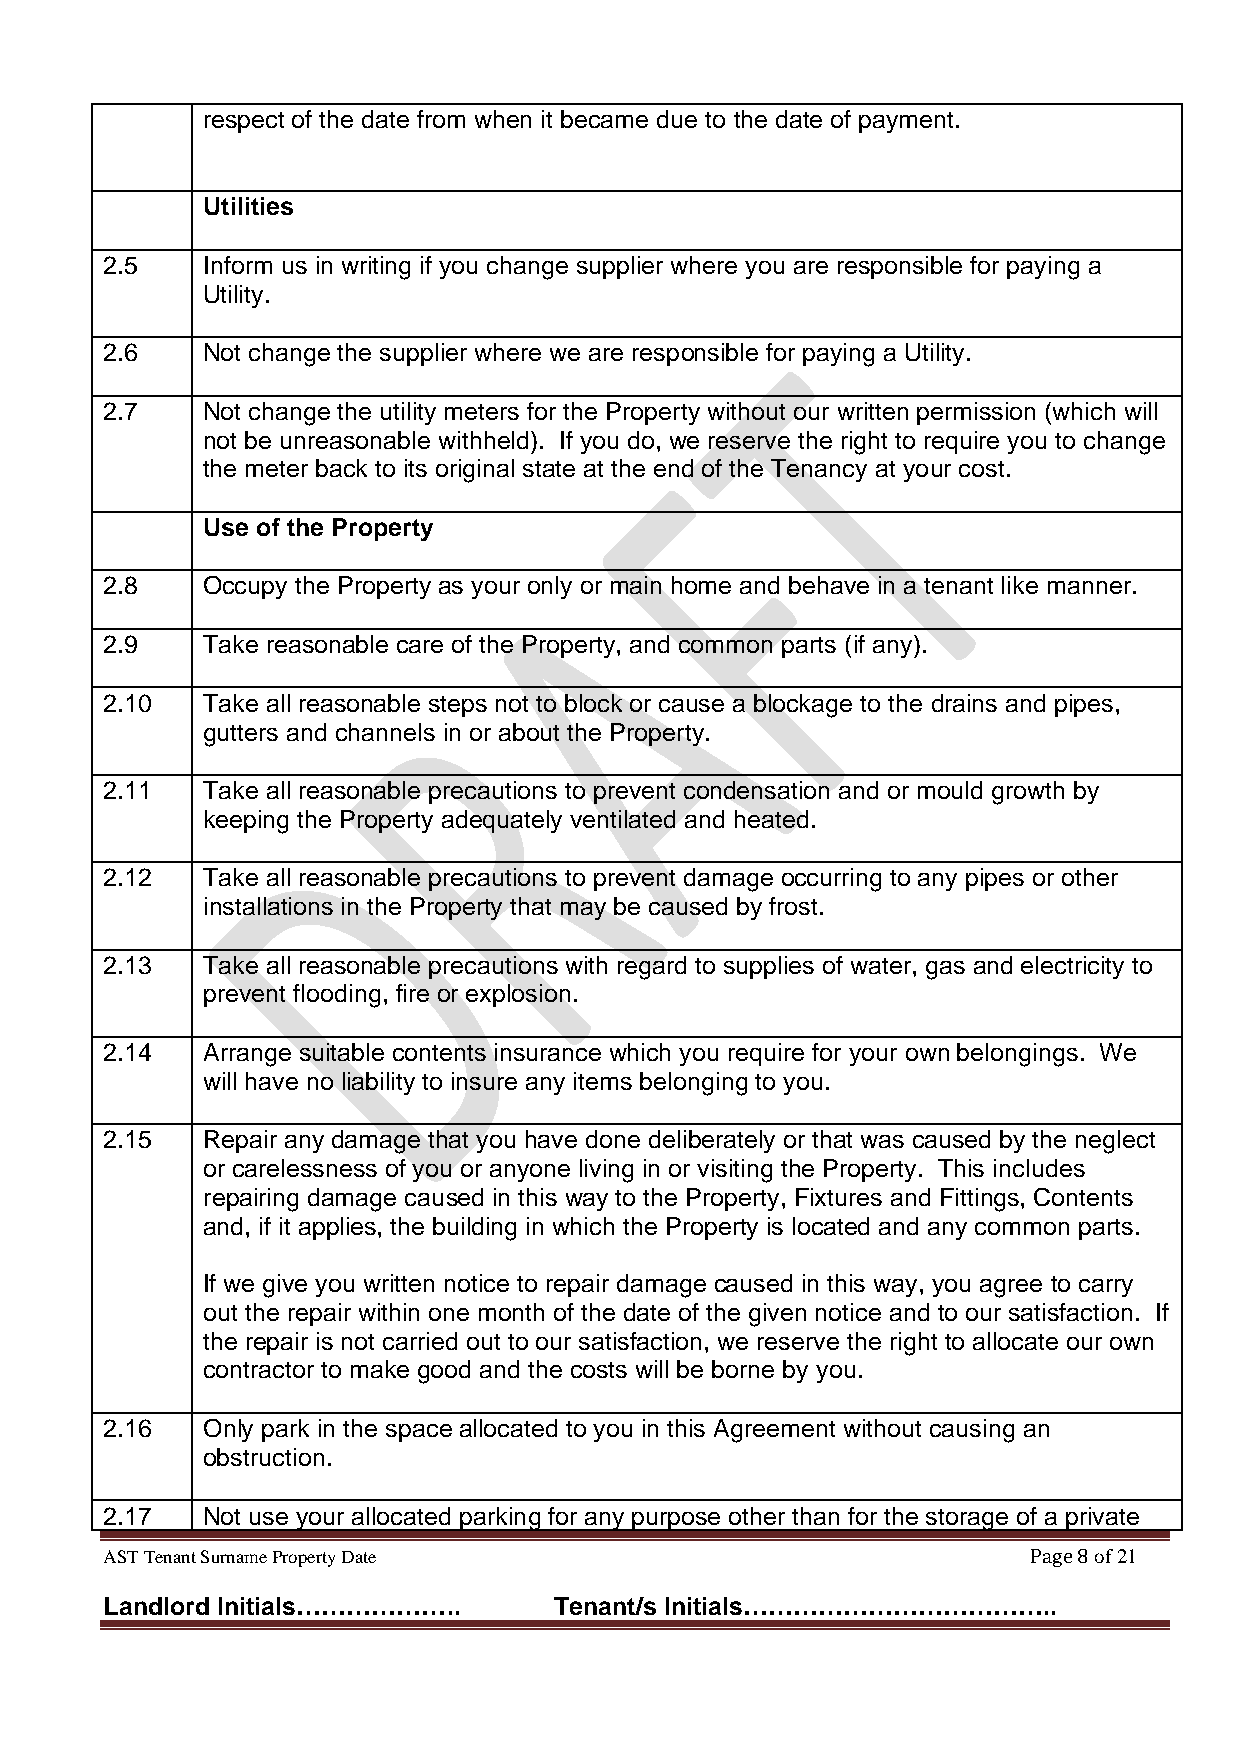
respect of the date from when it became due to the date of payment.
 Utilities
 2.5   Inform us in writing if you change supplier where you are responsible for paying a
 Utility.
 2.6   Not change the supplier where we are responsible for paying a Utility.
 2.7   Not change the utility meters for the Property without our written permission (which will
 not be unreasonable withheld). If you do, we reserve the right to require you to change
 the meter back to its original state at the end of the Tenancy at your cost.
 Use of the Property
 2.8   Occupy the Property as your only or main home and behave in a tenant like manner.
 2.9   Take reasonable care of the Property, and common parts (if any).
 2.10  Take all reasonable steps not to block or cause a blockage to the drains and pipes,
 gutters and channels in or about the Property.
 2.11  Take all reasonable precautions to prevent condensation and or mould growth by
 keeping the Property adequately ventilated and heated.
 2.12  Take all reasonable precautions to prevent damage occurring to any pipes or other
 installations in the Property that may be caused by frost.
 2.13  Take all reasonable precautions with regard to supplies of water, gas and electricity to
 prevent flooding, fire or explosion.
 2.14  Arrange suitable contents insurance which you require for your own belongings. We
 will have no liability to insure any items belonging to you.
 2.15  Repair any damage that you have done deliberately or that was caused by the neglect
 or carelessness of you or anyone living in or visiting the Property. This includes
 repairing damage caused in this way to the Property, Fixtures and Fittings, Contents
 and, if it applies, the building in which the Property is located and any common parts.
 If we give you written notice to repair damage caused in this way, you agree to carry
 out the repair within one month of the date of the given notice and to our satisfaction. If
 the repair is not carried out to our satisfaction, we reserve the right to allocate our own
 contractor to make good and the costs will be borne by you.
 2.16  Only park in the space allocated to you in this Agreement without causing an
 obstruction.
 2.17  Not use your allocated parking for any purpose other than for the storage of a private
 AST Tenant Surname Property Date                             Page 8 of 21
 Landlord Initials………………..     Tenant/s Initials………………………………..